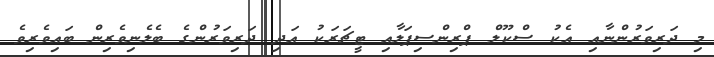
މި ދަރިވަރުންނާއި އެކު ސްކޫލް ޕްރިންސިޕަލާއި ޓީޗަރަކު އަދި ދަރިވަރުންގެ ބެލެނިވެރިން ބައިވެރިވެ